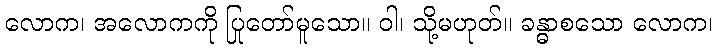
လောက၊ အလောကကို ပြုတော်မူသော။ ဝါ၊ သို့မဟုတ်။ ခန္ဓာစသော လောက၊